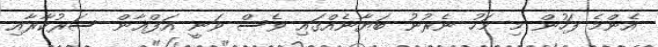
އެންމެ ފަހުން މި މަހު ނެރުނު ބަޔާނެއްގައި ވެސް ވަނީ އަފްޣާން ސަރުކާރާއި